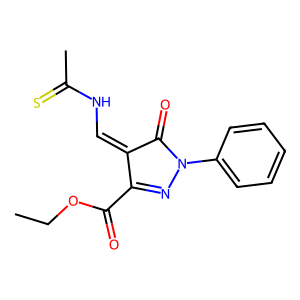
SMILES: CCOC(=O)C1=NN(c2ccccc2)C(=O)C1=CNC(C)=S
Inhibits HIV replication: No